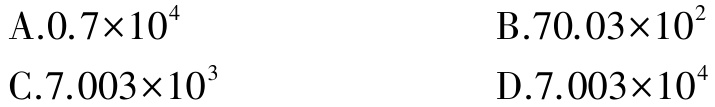
A.$0.7\times10^{4}$
B.$70.03\times10^{2}$
C.$7.003\times10^{3}$
D.$7.003\times10^{4}$